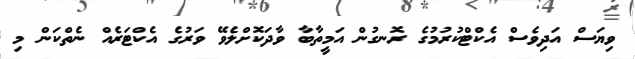
ވިޔަސް އަދިވެސް އެކްޓްކުރުމުގެ ރޮނގުން އަމީތާބާ ވާދަކޮށްލެވޭ ވަރުގެ އެކްޓަރެއް ނެތްކަން މި